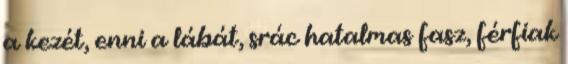
a kezét, enni a lábát, srác hatalmas fasz, férfiak